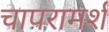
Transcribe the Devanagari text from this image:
चापरामर्श